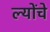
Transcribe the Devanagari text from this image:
ल्योंचे